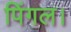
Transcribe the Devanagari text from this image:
पिंगल।